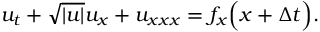
u _ { t } + \sqrt { | u | } u _ { x } + u _ { x x x } = f _ { x } \Big ( x + \Delta t \Big ) .